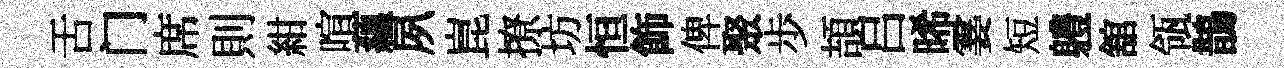
舌门席則紺喧蘊夙崑撩坊恒飾俾聚歩頡吕晞霎短軆舘瓴鵲